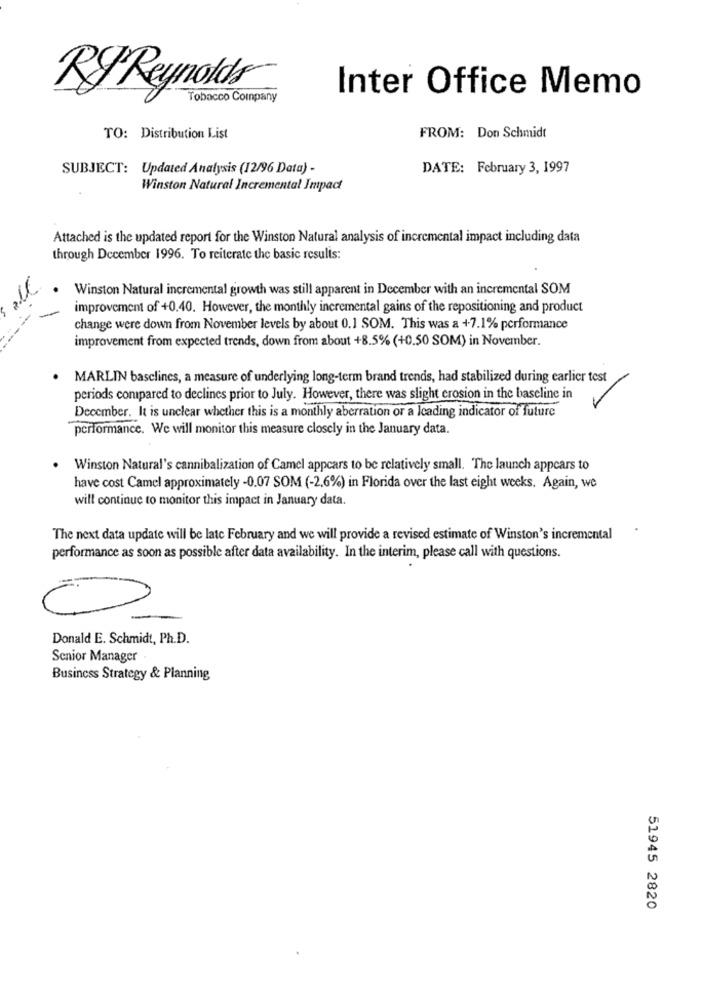
Inter Office Memo
Ry Reynolds
Tobacco Company
TO: Distribution List
FROM: Don Schmidt
SUBJECT: Updated Analysis (12/96 Data) -
DATE: February 3, 1997
Winston Natural Incremental Impact
Attached is the updated report for the Winston Natural analysis of incremental impact including data
through December 1996. To reiterate the basic results:
Winston Natural incremental growth was still apparent in December with an incremental SOM
improvement of +0.40. However, the monthly incremental gains of the repositioning and product
change were down from November levels by about 0.1 SOM. This was a +7.1% performance
improvement from expected trends, down from about +8.5% (+0.50 SOM) in November.
· MARLIN basclines, a measure of underlying long-term brand trends, had stabilized during earlier test
periods compared to declines prior to July. However, there was slight erosion in the baseline in
December. It is unclear whether this is a monthly aberration or a leading indicator of future
performance. We will monitor this measure closely in the January data.
Winston Natural's cannibalization of Camel appears to be relatively small. The launch appears to
have cost Camel approximately -0.07 SOM (-2,6%) in Florida over the last eight weeks. Again, we
will continue to monitor this impact in January data.
.
The next data update will be late February and we will provide a revised estimate of Winston's incremental
performance as soon as possible after data availability. In the interim, please call with questions.
Donald E. Schmidt, Ph.D.
Senior Manager
Business Strategy & Planning
51945 2820